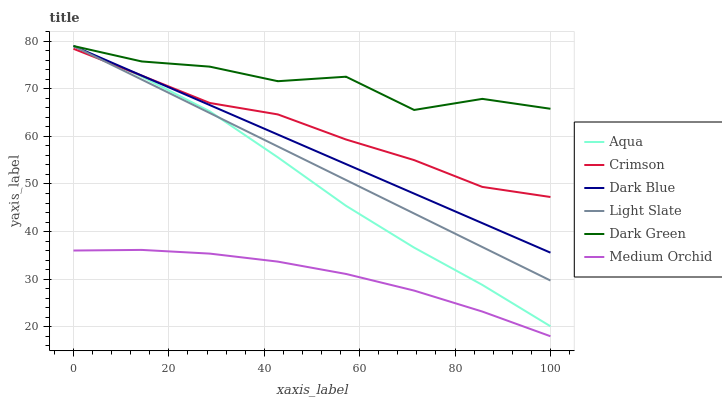
| xaxis_label | Aqua | Crimson | Dark Blue | Light Slate | Dark Green | Medium Orchid |
 | --- | --- | --- | --- | --- | --- | --- |
 | 0 | 79 | 78.4 | 79 | 79 | 79 | 36 |
 | 14.3 | 72.6 | 72.8 | 72.8 | 72 | 75.8 | 36.1 |
 | 28.6 | 65.3 | 67 | 66.6 | 64.9 | 74.7 | 35.4 |
 | 42.9 | 55.6 | 64.6 | 60.4 | 57.9 | 71.6 | 33.7 |
 | 57.1 | 45.4 | 59.4 | 54.2 | 50.8 | 72.5 | 31.1 |
 | 71.4 | 36.6 | 55 | 48 | 43.8 | 65.6 | 27.6 |
 | 85.7 | 28.8 | 49.4 | 41.8 | 36.8 | 67.9 | 23.2 |
 | 100 | 20.1 | 47.3 | 35.6 | 29.7 | 65.8 | 18 |